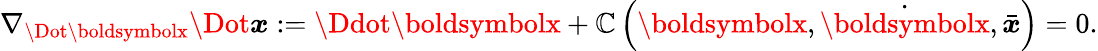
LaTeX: \nabla_{\Dot{\boldsymbolx}}\Dot{\boldsymbol{x}}:=\Ddot{\boldsymbolx}+\mathbb{C}\left(\boldsymbolx,\dot{{\boldsymbolx}},\bar{{\boldsymbol{x}}}\right)=0.